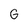
Character: G